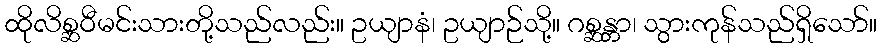
ထိုလိစ္ဆဝီမင်းသားတို့သည်လည်း။ ဥယျာနံ၊ ဥယျာဉ်သို့။ ဂစ္ဆန္တာ၊ သွားကုန်သည်ရှိသော်။